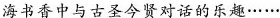
海书香中与古圣今贤对话的乐趣\cdots \cdots